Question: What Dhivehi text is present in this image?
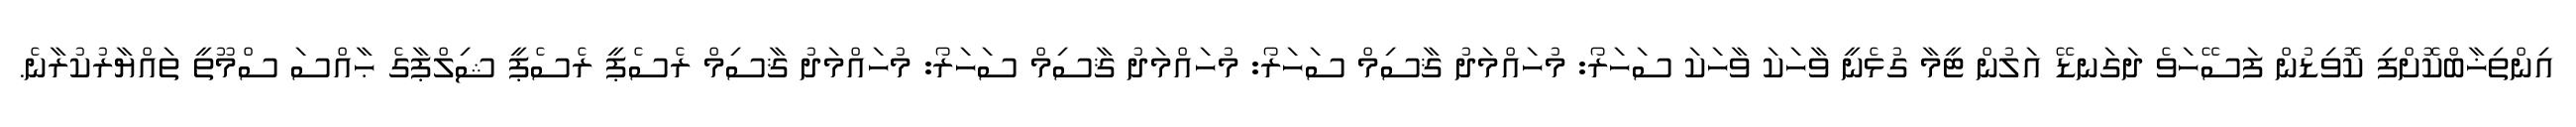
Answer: އިންތިޚާބްކޮށްފި ކޮވިޑުން ފަސޭހަވެ ދަގަނޑޭ އަލުން ޓީމާ ގުޅެނީ ވާހަކަ ވާހަކަ ސަހަރޯ: މުހައްމަދު ޤާސިމް ސަހަރޯ: މުހައްމަދު ޤާސިމް ސަހަރޯ: މުހައްމަދު ޤާސިމް ރެސެޕީ ރެސެޕީ ޝިލްޕާގެ ޙާއްސަ ސްމޫތީ ތައްޔާރުކުރާނެ.